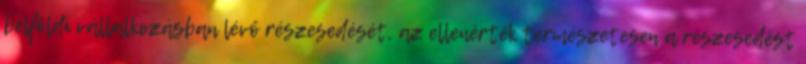
belföldi vállalkozásban lévő részesedését, az ellenérték természetesen a részesedést